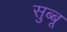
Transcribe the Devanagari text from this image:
सुब्बू